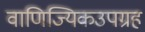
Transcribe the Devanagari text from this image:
वाणिज्यिकउपग्रह